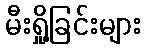
မီးရှို့ခြင်းများ